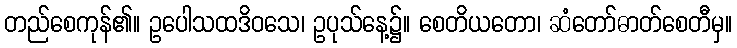
တည်စေကုန်၏။ ဥပေါသထဒိဝသေ၊ ဥပုသ်နေ့၌။ စေတိယတော၊ ဆံတော်ဓာတ်စေတီမှ။